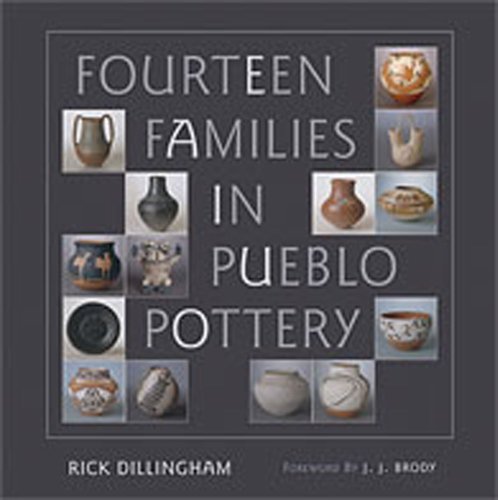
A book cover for Fourteen Families in Pueblo Pottery; Rick Dillingham; Crafts, Hobbies & Home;